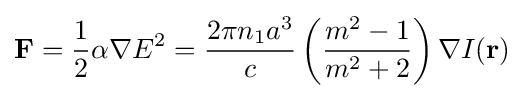
\mathbf {F} ={\frac {1}{2}}\alpha \nabla E^{2}={\frac {2\pi n_{1}a^{3}}{c}}\left({\frac {m^{2}-1}{m^{2}+2}}\right)\nabla I(\mathbf {r} )